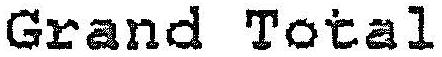
GRAND TOTAL